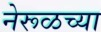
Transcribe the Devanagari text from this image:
नेरूळच्या